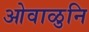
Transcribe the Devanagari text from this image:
ओवाळुनि